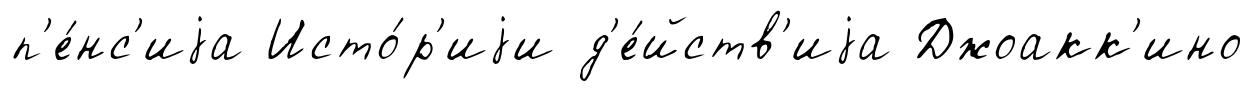
п'е́нс'иjа Исто́р'иjи д'е́йств'иjа Джоакк'ино